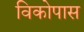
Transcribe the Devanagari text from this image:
विकोपास